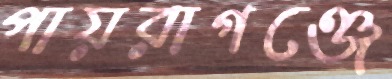
পায়রাগঞ্জে